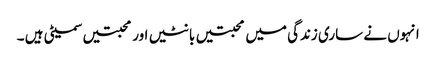
انہوں نے ساری زندگی میں محبتیں بانٹیں اور محبتیں سمیٹی ہیں ۔